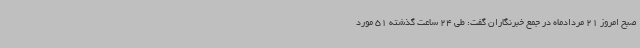
صبح امروز 21 مردادماه در جمع خبرنگاران گفت: طی 24 ساعت گذشته 51 مورد